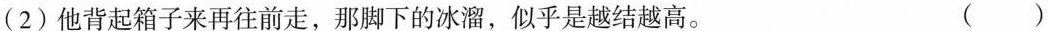
(2)他背起箱子来再往前走，那脚下的冰溜，似乎是约结越高。()